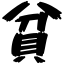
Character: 貧